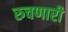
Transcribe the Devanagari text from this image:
रुचणारी